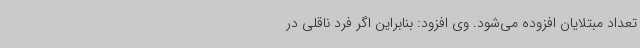
تعداد مبتلایان افزوده می‌شود. وی افزود: بنابراین اگر فرد ناقلی در